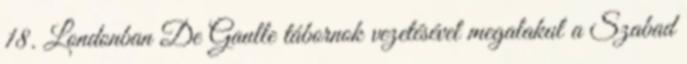
18. Londonban De Gaulle tábornok vezetésével megalakul a Szabad